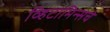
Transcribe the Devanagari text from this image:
व्हिटामिन्‍सचे